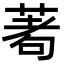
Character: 𦴆